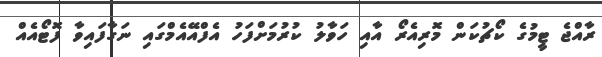
ރާއްޖެ ޓީމުގެ ކޯޗުކަން މޮރިއެރޯ އާއި ހަވާލު ކުރުމަށްފަހު އެފްއޭއެމްގައި ނަގާފައިވާ ފޮޓޯއެއް